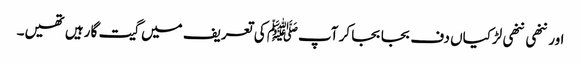
اور ننھی ننھی لڑکیاں دف بجا بجا کر آپﷺ کی تعریف میں گیت گا رہیں تھیں۔